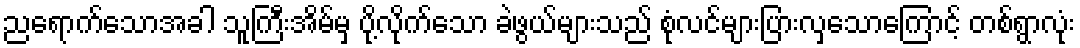
ညရောက်သောအခါ သူကြီးအိမ်မှ ပို့လိုက်သော ခဲဖွယ်များသည် စုံလင်များပြားလှသောကြောင့် တစ်ရွာလုံး